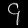
Digit: ၄